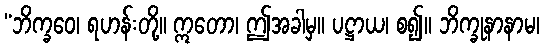
“ဘိက္ခဝေ၊ ရဟန်းတို့။ ဣတော၊ ဤအခါမှ။ ပဋ္ဌာယ၊ စ၍။ ဘိက္ခုနာနာမ၊